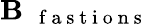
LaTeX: \mathbf{B}_{\mathrm{~\textit~{~f~a~s~t~i~o~n~s~}~}}